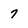
Character: 7